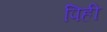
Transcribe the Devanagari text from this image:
पिही